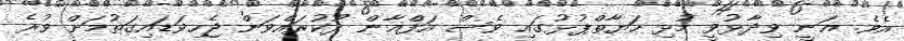
އެވެ. ޣަނީ ވިދާޅުވީ މުޅި ހަޔާތްޕުޅުގައި ވެސް އަފްޣާން ދޫކުރައްވަން ޖެހިވަޑައިގަތުމަށް ވުރެ